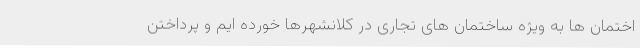
اختمان ها به ویژه ساختمان های تجاری در کلانشهرها خورده ایم و پرداختن